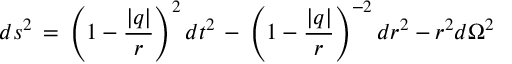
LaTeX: d s ^ { 2 } \, = \, \left( 1 - \frac { | q | } { r } \right) ^ { 2 } d t ^ { 2 } \, - \, \left( 1 - \frac { | q | } { r } \right) ^ { - 2 } d r ^ { 2 } - r ^ { 2 } d \Omega ^ { 2 }